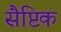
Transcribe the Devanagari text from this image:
सैप्टिक